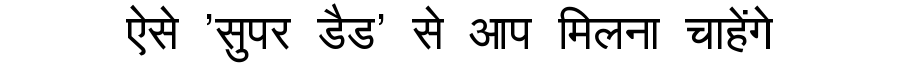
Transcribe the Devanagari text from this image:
ऐसे 'सुपर डैड' से आप मिलना चाहेंगे